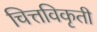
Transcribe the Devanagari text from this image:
चित्तविकृती